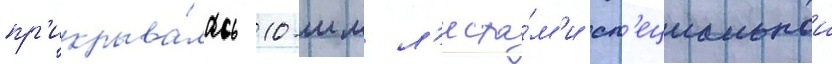
пр'икрыва́лась 10-мм л'иста́м'и сп'ециальнои